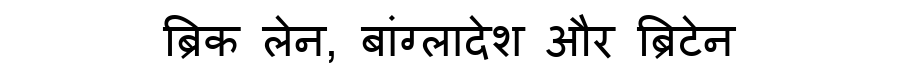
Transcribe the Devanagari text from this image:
ब्रिक लेन, बांग्लादेश और ब्रिटेन